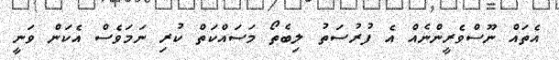
އެތައް ނޫސްވެރީންނެއް އެ ފުރުސަތު ލިބެތޯ މަސައްކަތް ކުރި ނަމަވެސް އެކަން ވަނީ